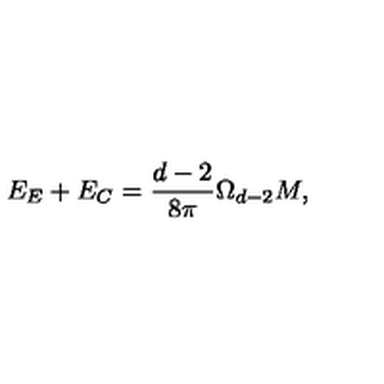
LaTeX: E _ { E } + E _ { C } = \frac { d - 2 } { 8 \pi } \Omega _ { d - 2 } M ,